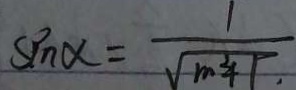
\sin \alpha = \frac { 1 } { \sqrt { m ^ { 2 } + 1 } }